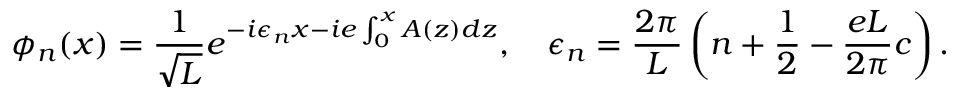
\phi _ { n } ( x ) = { \frac { 1 } { \sqrt L } } e ^ { - i \epsilon _ { n } x - i e \int _ { 0 } ^ { x } A ( z ) d z } , \quad \epsilon _ { n } = { \frac { 2 \pi } { L } } \left( n + { \frac { 1 } { 2 } } - { \frac { e L } { 2 \pi } } c \right) .